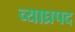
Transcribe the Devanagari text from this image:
व्याघ्रपद